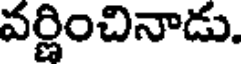
వర్ణించినాడు.